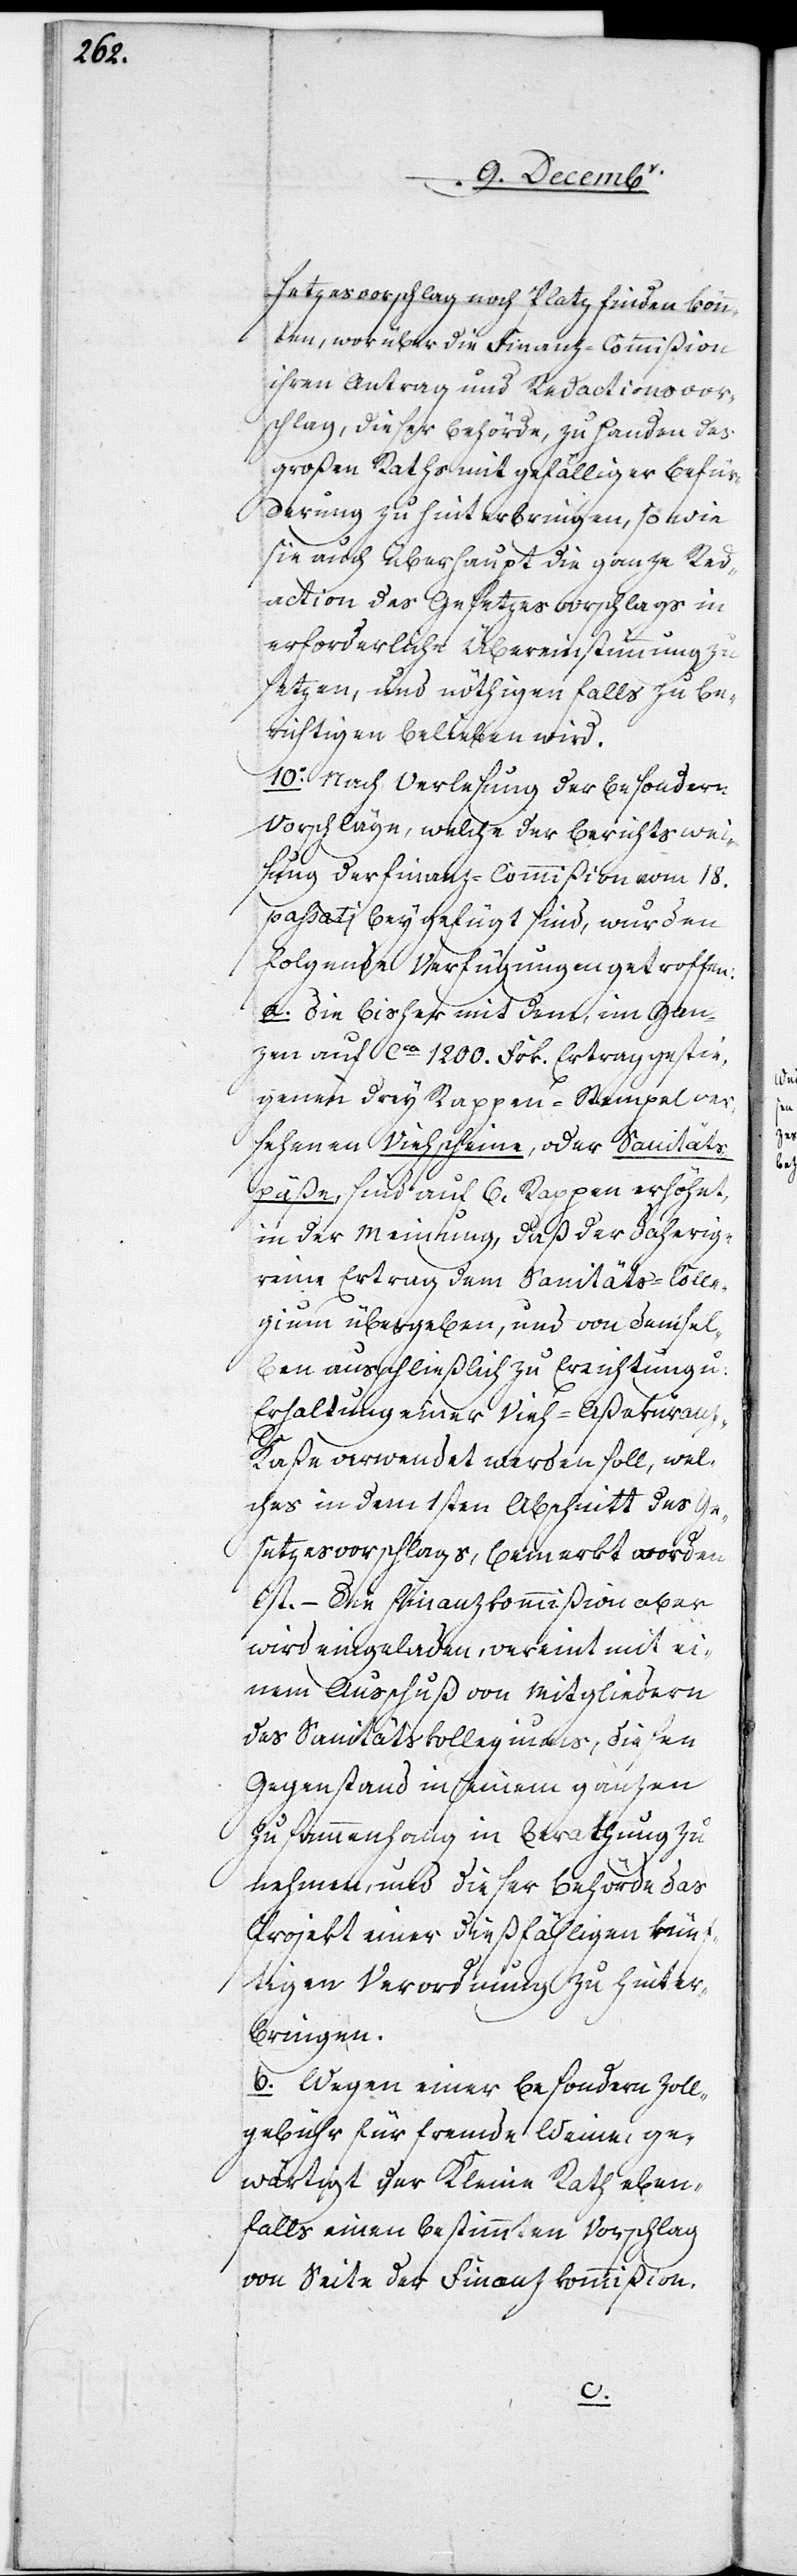
setzesvorschlag noch Platz finden könn¬
ten; worüber die Finanz-Commißion
ihren Antrag und Redactionsvor¬
schlag, dieser Behörde, zu Handen des
großen Raths mit gefälliger Befür¬
derung zu hinterbringen, so wie
sie auch überhaupt die ganze Red¬
action des Gesetzesvorschlags in
erforderliche Übereinstimmung zu
setzen, und nöthigen Falls zu be¬
richtigen belieben wird.
10. Nach Verlesung der besondern
Vorschläge, welche der Berichtswei¬
sung der Finanz-Commißion vom 18.
passati beygefügt sind, wurden
folgende Verfügungen getroffen:
a. Die bisher mit dem, im Gan¬
zen auf cca 1200. Frk. Ertrag gestie¬
genen drey Rappen-Stempel ver¬
sehenen Viehscheine, oder Sanitäts¬
päße, sind auf 6. Rappen erhöhet,
in der Meinung, daß der daherige
reine Ertrag dem Sanitäts-Colle¬
gium übergeben, und von demsel¬
ben ausschließlich zu Errichtung u:
Erhaltung einer Vieh-Aßekuran¬
z-Kaße verwendet werden soll, wel¬
ches in dem 1sten Abschnitt des Ge¬
setzesvorschlags, bemerkt worden
ist. – Die Finanzkommißion aber
wird eingeladen, vereint mit ei¬
nem Ausschuß von Mitgliedern
des Sanitätskollegiums, diesen
Gegenstand in seinem ganzen
Zusammenhang in Berathung zu
nehmen, und dieser Behörde das
Projekt einer dießfälligen kün¬
ftigen Verordnung zu hinter¬
bringen.
b. Wegen einer besondern Zoll¬
gebühr für fremde Weine, ge¬
wärtigt der Kleine Rath eben¬
falls einen bestimmten Vorschlag
von Seite der Finanzkommißion.